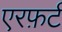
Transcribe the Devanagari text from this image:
एरफ़र्ट